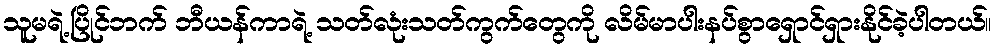
သူမရဲ့ပြိုင်ဘက် ဘီယန်ကာရဲ့ သတ်လုံးသတ်ကွက်တွေကို လိမ်မာပါးနပ်စွာရှောင်ရှားနိုင်ခဲ့ပါတယ်။